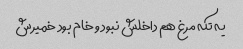
یه تکه مرغ هم داخلش نبود و خام بود خمیرش